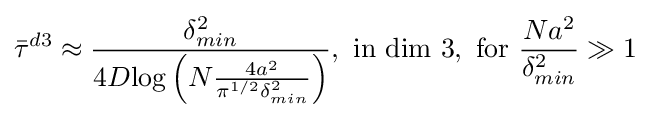
{\bar {\tau }}^{d3}\approx {\frac {\delta _{min}^{2}}{4D{\log \left(N{\frac {4a^{2}}{\pi ^{1/2}\delta _{min}^{2}}}\right)}}},{\hbox{ in dim }}3,{\hbox{  for }}{\frac {Na^{2}}{\delta _{min}^{2}}}\gg 1